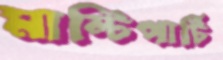
মাল্টিপার্টি